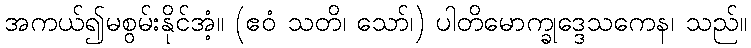
အကယ်၍မစွမ်းနိုင်အံ့။ (ဧဝံ သတိ၊ သော်၊) ပါတိမောက္ခုဒ္ဒေသကေန၊ သည်။